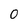
Character: 0